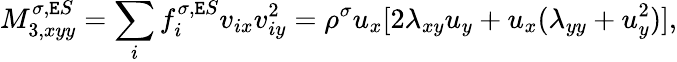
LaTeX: M_{3,xyy}^{\sigma,\mathtt{E}S}=\sum_{i}f_{i}^{\sigma,\mathtt{E}S}v_{ix}v_{iy}^{2}=\rho^{\sigma}u_{x}[2\lambda_{xy}u_{y}+u_{x}(\lambda_{yy}+u_{y}^{2})],